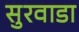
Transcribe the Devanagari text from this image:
सुरवाडा